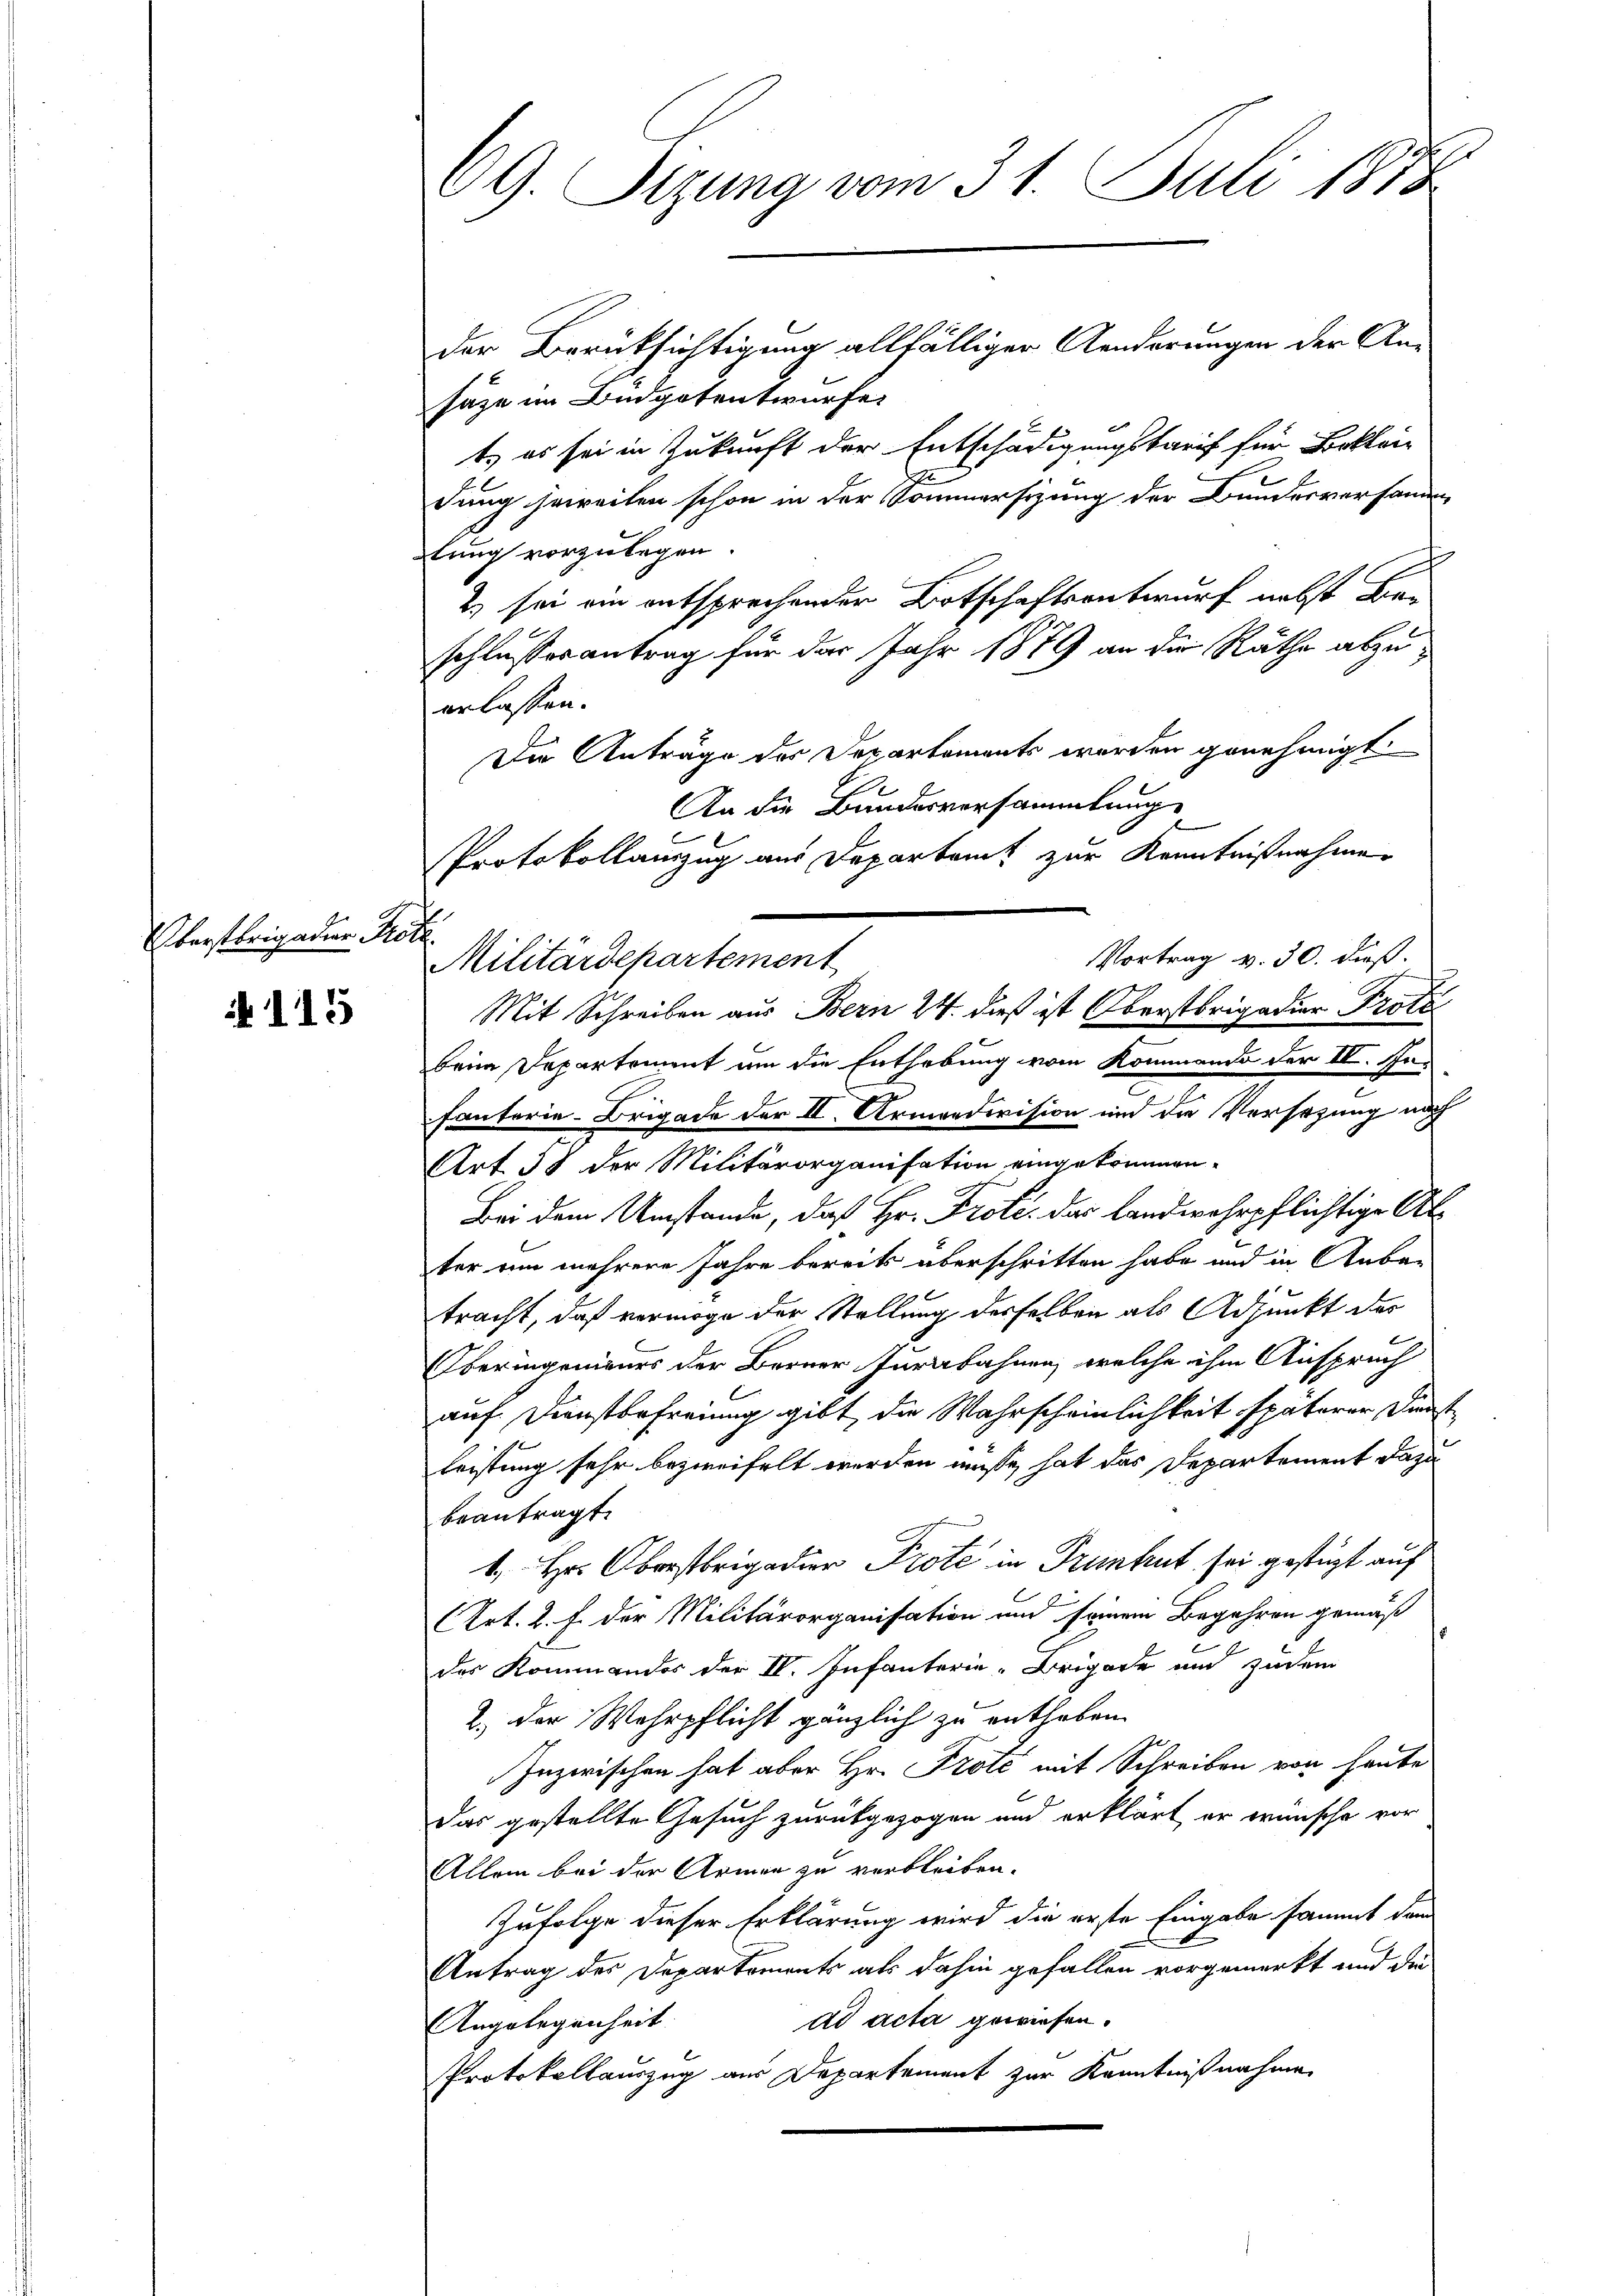
Überstrigaden Prötl.

A 115

CG. Sitzung vom 31. Juli 1873

der Berüksichtigung allfälliger Aenderungen der An-
säze im Büdgotentwurfe
t, es sei in Zukunft der Entschädigungskarif für Beklei-
dung jeweilen schon in der Sommersitzung der Bundesversammen-
tung vorzulegen.
2) sei ein entsprechender Botschaftsentwurf nebst Beschlusserantrag für das Jahr 1879 an die Räthe abzuerlassen.
Die Anträge der Departements werden genehmigt
Vortrag v. 30. Fuß.
beim Departement um die Enthebung vom Kommando der IV. Jufanterie-Brigade der II. Armendivision und die Versezung nach
Art 58 der Militärorganisation eingekommen.
Bei dem Umstände, daß Hr. Prote das landwehrpflichtige Alter um mehrere Jahre bereits überschritten habe und in Anba-
tracht, daß vermöge der Stellung desselben als Adjunkt des
Oberingenieurs der Berner Jurabahnen, welche ihm Anspruch
auf Diensterfreiung gibt, die Wahrscheinlichkeit späterer, Dienstleistung sehr bezweifelt werden müße, hat das Departement dazu
beantragt.
1., Hr. Oberstrigadier Prote in Pruntrut sei gestützt auf
(Art. 2. f. der Militärorganisation und seinem Begehren gemäß
des Kommandos der IV. Infanterie-Brigade und zudem
2.) Der Wehrpflicht gänzlich zu enthaben.
Inzwischen hat aber Hr. Prote mit Schreiben von heute
Das gestellte Gesuch zurückgezogen und erklärt er wünsche vor
Allein bei der Armen zu verbleiben.
Zufolge dieser Erklärung wird die erste Eingabe sammt dann
Antrag des Departements als dahin gefallen vorgemerkt und die
ad acta gewiesen.
Angelegenheit
Protokollauszug aus Departement zur Kenntnißnahme

An die Bundesversammlung
Protokollanzug aus Departamt zur Kenntnißnahmen
Militärdepartement
Mit Schreiben aus Bern 24. dieß ist Oberstbrigadier Trotz